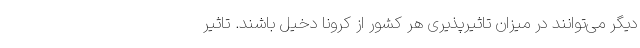
دیگر می‌توانند در میزان تاثیرپذیری هر کشور از کرونا دخیل باشند. تاثیر